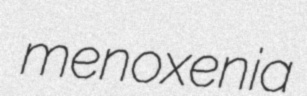
menoxenia